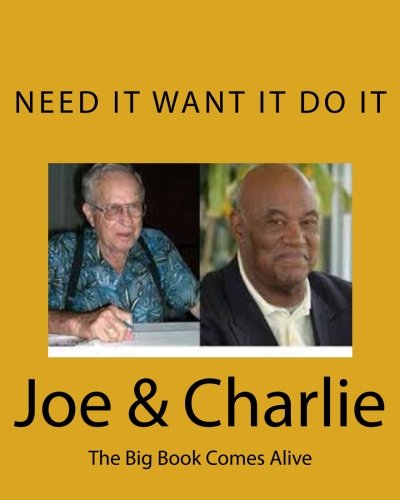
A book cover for Joe & Charlie: The Big Book Comes Alive; John Smith; Health, Fitness & Dieting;